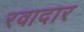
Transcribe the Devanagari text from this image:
रवादार